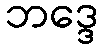
ဘဒ္ဒေ